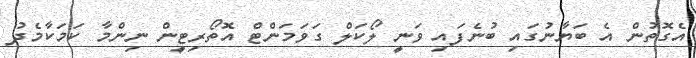
އެގޮތުން އެ ބަޔާނުގައި ބުނެފައި ވަނީ ލޯކަލް ގަވަމަންޓް އޮތޯރިޓީން ނިންމާ ކަމަކާމެދު